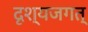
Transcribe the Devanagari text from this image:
दृश्यजगत्